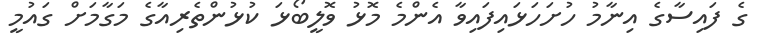
ގެ ފައިސާގެ އިނާމު ހުށަހަޅައިފައިވާ އެންމެ މޮޅު ވޮލީބޯޅަ ކުޅުންތެރިއާގެ މަގާމަށް ގައުމީ